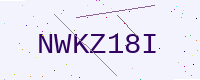
Text: NWKZ18I